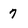
Character: 7